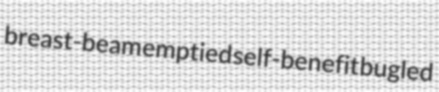
breast-beam emptied self-benefit bugled